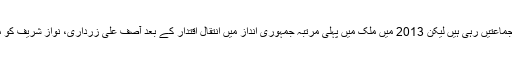
پاکستان پیپلز پارٹی اور مسلم لیگ ن سیاسی طور پر ایک دوسرے کی روایتی حریف جماعتیں رہی ہیں لیکن 2013 میں ملک میں پہلی مرتبہ جمہوری انداز میں انتقال اقتدار کے بعد آصف علی زرداری، نواز شریف کو ملک میں جمہوریت کے تسلسل کے لیے اپنی حمایت کا بھرپور یقین دلاتے رہے ہیں۔